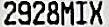
2928MIX